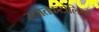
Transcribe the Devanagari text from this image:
स्नातकटोलियों